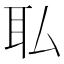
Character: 𫟉